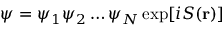
\begin{array} { r } { \psi = \psi _ { 1 } \psi _ { 2 } \ldots { } \psi _ { N } \exp [ i S ( \mathbf { r } ) ] } \end{array}